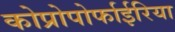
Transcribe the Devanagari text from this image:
कोप्रोपोर्फाईरिया